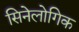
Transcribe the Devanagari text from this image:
सिनेलोगिक